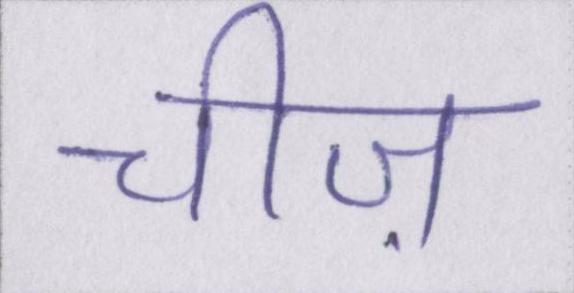
चीज़